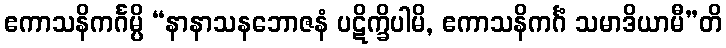
ဧကာသနိကင်္ဂမ္ပိ “နာနာသနဘောဇနံ ပဋိက္ခိပါမိ, ဧကာသနိကင်္ဂံ သမာဒိယာမီ”တိ